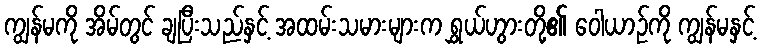
ကျွန်မကို အိမ်တွင် ချပြီးသည်နှင့် အထမ်းသမားများက ရွှယ်ဟွားတို့၏ ဝေါယာဉ်ကို ကျွန်မနှင့်